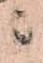
ニ